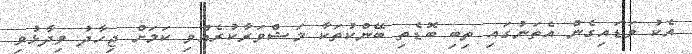
އެކު ވަޑައިގެން އެތަނުގައި ތިބި ބޮޑެތި ބޭންކުތަކާ މަޝްވަރާކުރެއްވި ކަމަށް ޖިހާދު ވިދާޅުވި